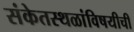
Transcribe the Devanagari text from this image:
संकेतस्थळांविषयीची